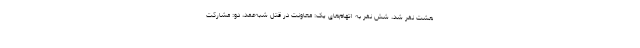
هشت نفر شد، شش نفر به اتهام‌های یک: معاونت در قتل شبه‌عمد، دو: مشارکت